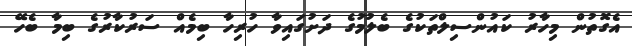
އެގޮތުން މިހާރު ކައުންސިލްތަކުގެ ބެލުމުގެ ދަށުގައިވާ ހުރިހާ ބިމެއް ސަރުކާރުގެ ބިމާ ބެހޭ